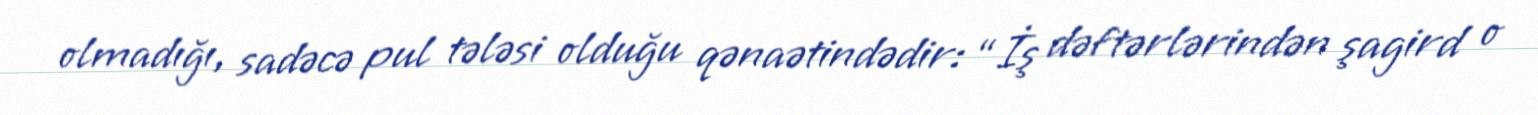
olmadığı, sadəcə pul tələsi olduğu qənaətindədir: “İş dəftərlərindən şagird o